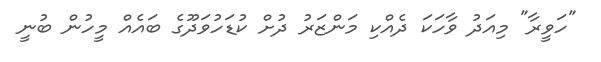
"ހަވީރާ" މިއަދު ވާހަކަ ދެއްކި މަންޒަރު ދުށް ކުޑަހުވަދޫގެ ބައެއް މީހުން ބުނީ